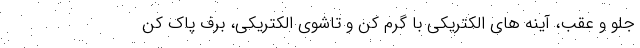
جلو و عقب، آینه های الکتریکی با گرم کن و تاشوی الکتریکی، برف پاک کن